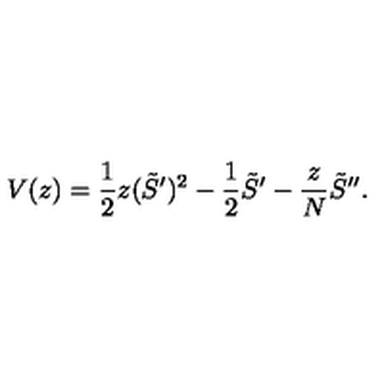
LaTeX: V ( z ) = \frac 1 2 z ( \tilde { S } ^ { \prime } ) ^ { 2 } - \frac 1 2 \tilde { S } ^ { \prime } - \frac z N \tilde { S } ^ { \prime \prime } .